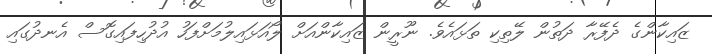
ޒައިކާންގެ ދެފޭރާ ދަތުން ލޭތިކި ތަޅައެވެ. ނޫރީން ޒައިކާންއަށް ލޯއަޅައިލުމަށްފަހު އުދުހިފައިގޮސް އެނދުގައި